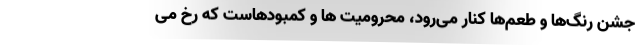
جشن رنگ‌ها و طعم‌ها کنار می‌رود،‌ محرومیت ها و کمبودهاست که رخ می